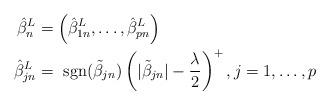
LaTeX: \begin{align*}\hat{\beta}_n^L &= \left(\hat{\beta}_{1n}^L,\ldots, \hat{\beta}_{pn}^L\right)\\\hat{\beta}_{jn}^{L} &= \mbox{ sgn}(\tilde{\beta}_{jn})\left(|\tilde{\beta}_{jn}| -\frac{\lambda}{2}\right)^{+}, j=1, \ldots, p\end{align*}